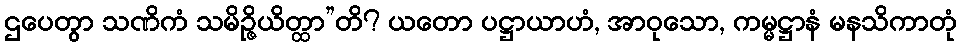
ဌပေတွာ သဏိကံ သမိဉ္ဇိယိတ္ထာ”တိ? ယတော ပဋ္ဌာယာဟံ, အာဝုသော, ကမ္မဋ္ဌာနံ မနသိကာတုံ